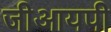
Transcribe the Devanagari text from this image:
जीआयपी